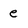
Character: e